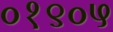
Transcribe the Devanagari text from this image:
०१९०५